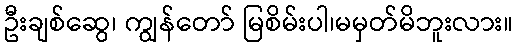
ဦးချစ်ဆွေ၊ ကျွန်တော် မြစိမ်းပါ၊မမှတ်မိဘူးလား။